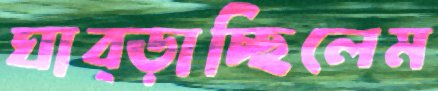
ঘাব্‌ড়াচ্ছিলেম